Annual report on the Civil Veterinary Department, Burma (including the Insein Veterinary School) - 1910-1922
Year: 1910
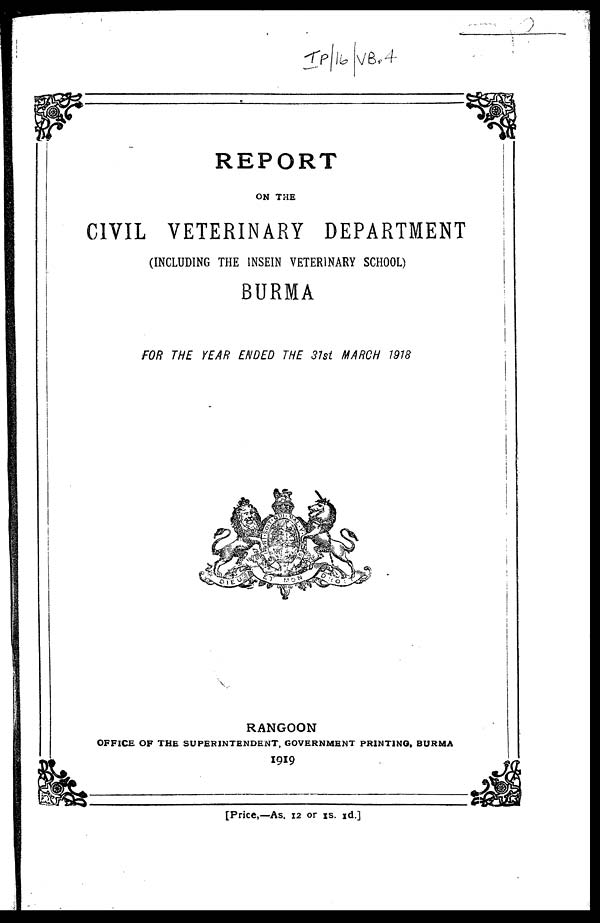
REPORT
ON THE
CIVIL VETERINARY DEPARTMENT
(INCLUDING THE 1NSEIN VETERINARY SCHOOL)
BURMA
FOR THE YEAR ENDED THE 31st MARCH 1918
RANGOON
OFFICE OF THE SUPERINTENDENT, GOVERNMENT PRINTING, BURMA
1919
[Price,—As. 12 or 1s. 1d.]